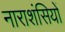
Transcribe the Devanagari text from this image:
नाराशंसियों